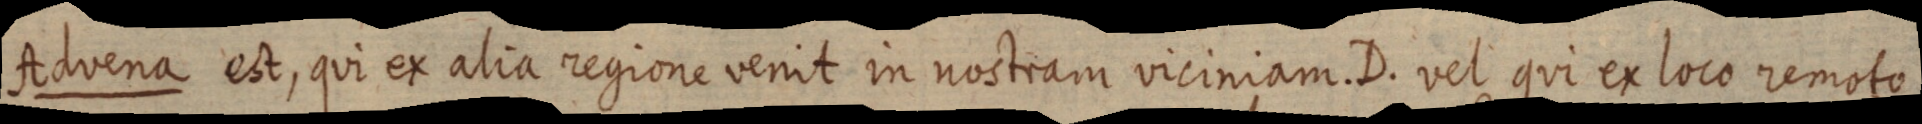
Advena est, qui ex alia regione venit in nostram viciniam. D. vel qui ex loco remoto